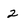
Character: 2